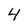
Character: 4